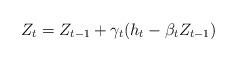
LaTeX: \begin{align*}Z_t=Z_{t-1}+\gamma_t(h_t-\beta_t Z_{t-1})\end{align*}